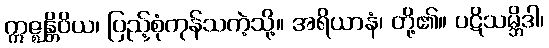
ဣဇ္ဈန္တိဝိယ၊ ပြည့်စုံကုန်သကဲ့သို့။ အရိယာနံ၊ တို့၏။ ပဋိသမ္ဘိဒါ၊